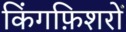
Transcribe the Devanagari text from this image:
किंगफ़िशरों